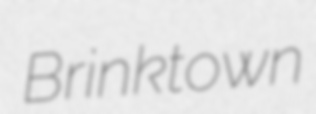
Brinktown